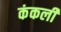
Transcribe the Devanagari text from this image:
कंकली